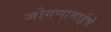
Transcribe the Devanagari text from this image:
जोगणामाईचे